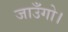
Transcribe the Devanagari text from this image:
जाउँगो।